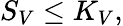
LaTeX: S_{V}\leq K_{V},